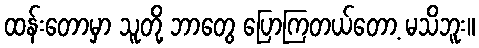
ထန်းတောမှာ သူတို့ ဘာတွေ ပြောကြတယ်တော့ မသိဘူး။